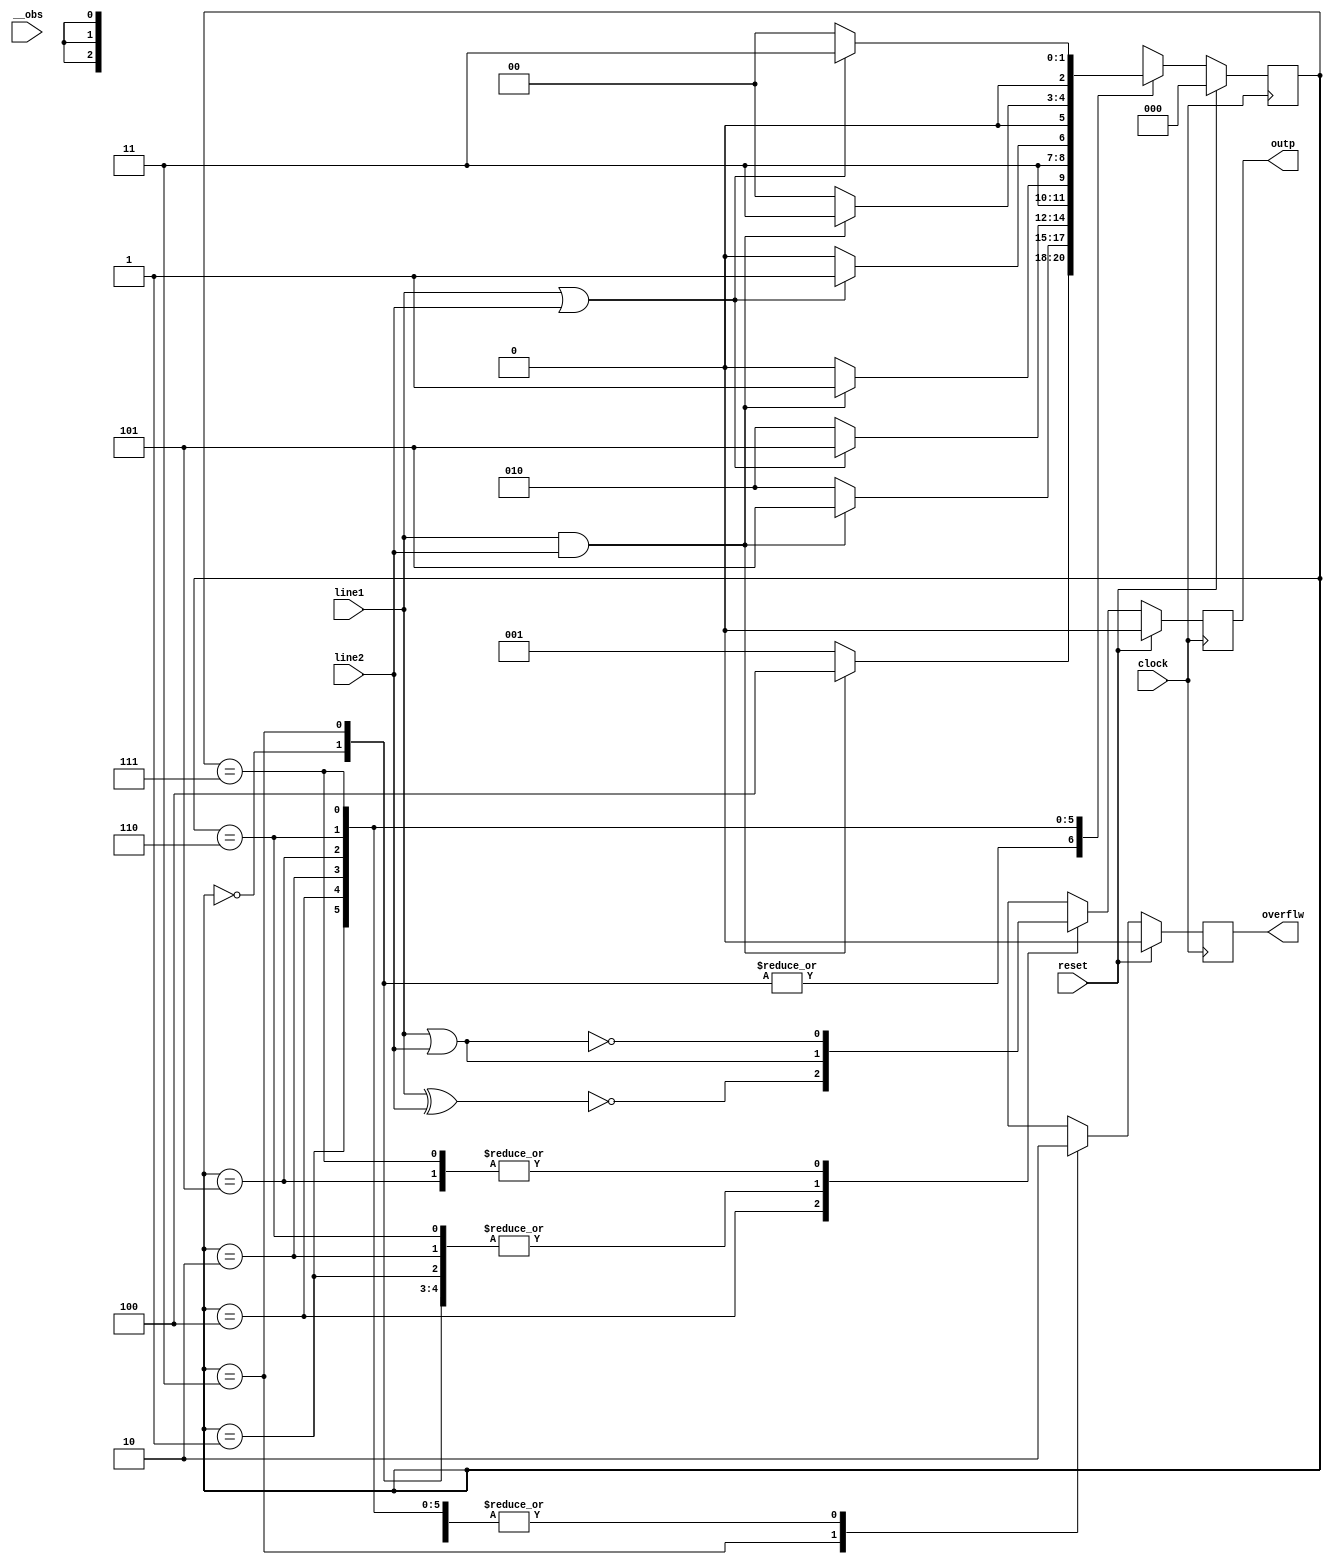
// Following code segment is generated from ./src/b01.v:1
module b01(clock, line1, line2, reset, outp, overflw, __obs);
    input clock;
    input line1;
    input line2;
    input reset;
    output outp;
    output overflw;
    input __obs;

    reg outp = 1'b0;
    reg overflw = 1'b0;
    reg [2:0] stato = 3'b0;

    // Following code segment is generated from ./src/b01.v:23
    always @(posedge clock) begin
        if ((reset == 1'b1)) begin
            stato <= #1 3'b000; $display(";A 2");		//(assert (= stato    0b000)) ;2
            outp <= #1 1'b0; $display(";A 3");		//(assert (= outp    0b0)) ;3
            overflw <= #1 1'b0; $display(";A 4");		//(assert (= overflw    0b0)) ;4
        end
        else begin
            case (stato)
                3'b000 :
                    begin
                        $display(";A 5");		//(assert (= stato    0b000)) ;5
                        if (((line1 == 1'b1) && (line2 == 1'b1))) begin
                            $display(";A 6");		//(assert (= (bv-and (bv-comp line1  0b1) (bv-comp line2  0b1))   0b1)) ;6
                            stato <= #1 3'b100; $display(";A 8");		//(assert (= stato    0b100)) ;8
                        end
                        else begin
                            $display(";A 7");		//(assert (= (bv-and (bv-comp line1  0b1) (bv-comp line2  0b1))   0b0)) ;7
                            stato <= #1 3'b001; $display(";A 9");		//(assert (= stato    0b001)) ;9
                        end
                        outp <= #1 (line1 | line2); $display(";A 10");		//(assert (= outp    (bv-or line1  line2 ))) ;10
                        overflw <= #1 1'b0; $display(";A 11");		//(assert (= overflw    0b0)) ;11
                    end
                3'b011 :
                    begin
                        $display(";A 12");		//(assert (= stato    0b011)) ;12
                        if (((line1 == 1'b1) && (line2 == 1'b1))) begin
                            $display(";A 13");		//(assert (= (bv-and (bv-comp line1  0b1) (bv-comp line2  0b1))   0b1)) ;13
                            stato <= #1 3'b100; $display(";A 15");		//(assert (= stato    0b100)) ;15
                        end
                        else begin
                            $display(";A 14");		//(assert (= (bv-and (bv-comp line1  0b1) (bv-comp line2  0b1))   0b0)) ;14
                            stato <= #1 3'b001; $display(";A 16");		//(assert (= stato    0b001)) ;16
                        end
                        outp <= #1 (line1 | line2); $display(";A 17");		//(assert (= outp    (bv-or line1  line2 ))) ;17
                        overflw <= #1 1'b1; $display(";A 18");		//(assert (= overflw    0b1)) ;18
                    end
                3'b001 :
                    begin
                        $display(";A 19");		//(assert (= stato    0b001)) ;19
                        if (((line1 == 1'b1) && (line2 == 1'b1))) begin
                            $display(";A 20");		//(assert (= (bv-and (bv-comp line1  0b1) (bv-comp line2  0b1))   0b1)) ;20
                            stato <= #1 3'b101; $display(";A 22");		//(assert (= stato    0b101)) ;22
                        end
                        else begin
                            $display(";A 21");		//(assert (= (bv-and (bv-comp line1  0b1) (bv-comp line2  0b1))   0b0)) ;21
                            stato <= #1 3'b010; $display(";A 23");		//(assert (= stato    0b010)) ;23
                        end
                        outp <= #1 (line1 | line2); $display(";A 24");		//(assert (= outp    (bv-or line1  line2 ))) ;24
                        overflw <= #1 1'b0; $display(";A 25");		//(assert (= overflw    0b0)) ;25
                    end
                3'b100 :
                    begin
                        $display(";A 26");		//(assert (= stato    0b100)) ;26
                        if (((line1 == 1'b1) || (line2 == 1'b1))) begin
                            $display(";A 27");		//(assert (= (bv-or (bv-comp line1  0b1) (bv-comp line2  0b1))   0b1)) ;27
                            stato <= #1 3'b101; $display(";A 29");		//(assert (= stato    0b101)) ;29
                        end
                        else begin
                            $display(";A 28");		//(assert (= (bv-or (bv-comp line1  0b1) (bv-comp line2  0b1))   0b0)) ;28
                            stato <= #1 3'b010; $display(";A 30");		//(assert (= stato    0b010)) ;30
                        end
                        outp <= #1 (~(line1 ^ line2)); $display(";A 31");		//(assert (= outp    (bv-not (bv-xor line1  line2 )))) ;31
                        overflw <= #1 1'b0; $display(";A 32");		//(assert (= overflw    0b0)) ;32
                    end
                3'b010 :
                    begin
                        $display(";A 33");		//(assert (= stato    0b010)) ;33
                        if (((line1 == 1'b1) && (line2 == 1'b1))) begin
                            $display(";A 34");		//(assert (= (bv-and (bv-comp line1  0b1) (bv-comp line2  0b1))   0b1)) ;34
                            stato <= #1 3'b111; $display(";A 36");		//(assert (= stato    0b111)) ;36
                        end
                        else begin
                            $display(";A 35");		//(assert (= (bv-and (bv-comp line1  0b1) (bv-comp line2  0b1))   0b0)) ;35
                            stato <= #1 3'b110; $display(";A 37");		//(assert (= stato    0b110)) ;37
                        end
                        outp <= #1 (line1 | line2); $display(";A 38");		//(assert (= outp    (bv-or line1  line2 ))) ;38
                        overflw <= #1 1'b0; $display(";A 39");		//(assert (= overflw    0b0)) ;39
                    end
                3'b101 :
                    begin
                        $display(";A 40");		//(assert (= stato    0b101)) ;40
                        if (((line1 == 1'b1) || (line2 == 1'b1))) begin
                            $display(";A 41");		//(assert (= (bv-or (bv-comp line1  0b1) (bv-comp line2  0b1))   0b1)) ;41
                            stato <= #1 3'b111; $display(";A 43");		//(assert (= stato    0b111)) ;43
                        end
                        else begin
                            $display(";A 42");		//(assert (= (bv-or (bv-comp line1  0b1) (bv-comp line2  0b1))   0b0)) ;42
                            stato <= #1 3'b110; $display(";A 44");		//(assert (= stato    0b110)) ;44
                        end
                        outp <= #1 (~(line1 | line2)); $display(";A 45");		//(assert (= outp    (bv-not (bv-or line1  line2 )))) ;45
                        overflw <= #1 1'b0; $display(";A 46");		//(assert (= overflw    0b0)) ;46
                    end
                3'b110 :
                    begin
                        $display(";A 47");		//(assert (= stato    0b110)) ;47
                        if (((line1 == 1'b1) && (line2 == 1'b1))) begin
                            $display(";A 48");		//(assert (= (bv-and (bv-comp line1  0b1) (bv-comp line2  0b1))   0b1)) ;48
                            stato <= #1 3'b011; $display(";A 50");		//(assert (= stato    0b011)) ;50
                        end
                        else begin
                            $display(";A 49");		//(assert (= (bv-and (bv-comp line1  0b1) (bv-comp line2  0b1))   0b0)) ;49
                            stato <= #1 3'b000; $display(";A 51");		//(assert (= stato    0b000)) ;51
                        end
                        outp <= #1 (line1 | line2); $display(";A 52");		//(assert (= outp    (bv-or line1  line2 ))) ;52
                        overflw <= #1 1'b0; $display(";A 53");		//(assert (= overflw    0b0)) ;53
                    end
                3'b111 :
                    begin
                        $display(";A 54");		//(assert (= stato    0b111)) ;54
                        if (((line1 == 1'b1) || (line2 == 1'b1))) begin
                            $display(";A 55");		//(assert (= (bv-or (bv-comp line1  0b1) (bv-comp line2  0b1))   0b1)) ;55
                            stato <= #1 3'b011; $display(";A 57");		//(assert (= stato    0b011)) ;57
                        end
                        else begin
                            $display(";A 56");		//(assert (= (bv-or (bv-comp line1  0b1) (bv-comp line2  0b1))   0b0)) ;56
                            stato <= #1 3'b000; $display(";A 58");		//(assert (= stato    0b000)) ;58
                        end
                        outp <= #1 (~(line1 | line2)); $display(";A 59");		//(assert (= outp    (bv-not (bv-or line1  line2 )))) ;59
                        overflw <= #1 1'b0; $display(";A 60");		//(assert (= overflw    0b0)) ;60
                    end
            endcase
        end
        // Displaying module variables
        begin
            $display(";R outp = %b", outp);
            $display(";R overflw = %b", overflw);
            $display(";R stato = %b", stato);
        end
    end

endmodule